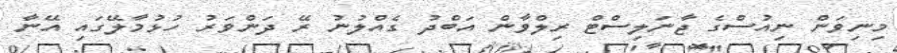
މިނިވަން ނިއުސްގެ ޖާނަލިސްޓް ރިިލްވާން އަބްދު ގެއްލުނު ރޭ ދަންވަރު ހުޅުމާލޭގައި އޭނާ